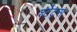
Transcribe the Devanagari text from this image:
श्टेट्स